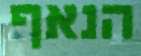
הנאף